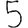
Digit: 5